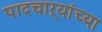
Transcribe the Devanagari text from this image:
पादचाऱ्यांच्या